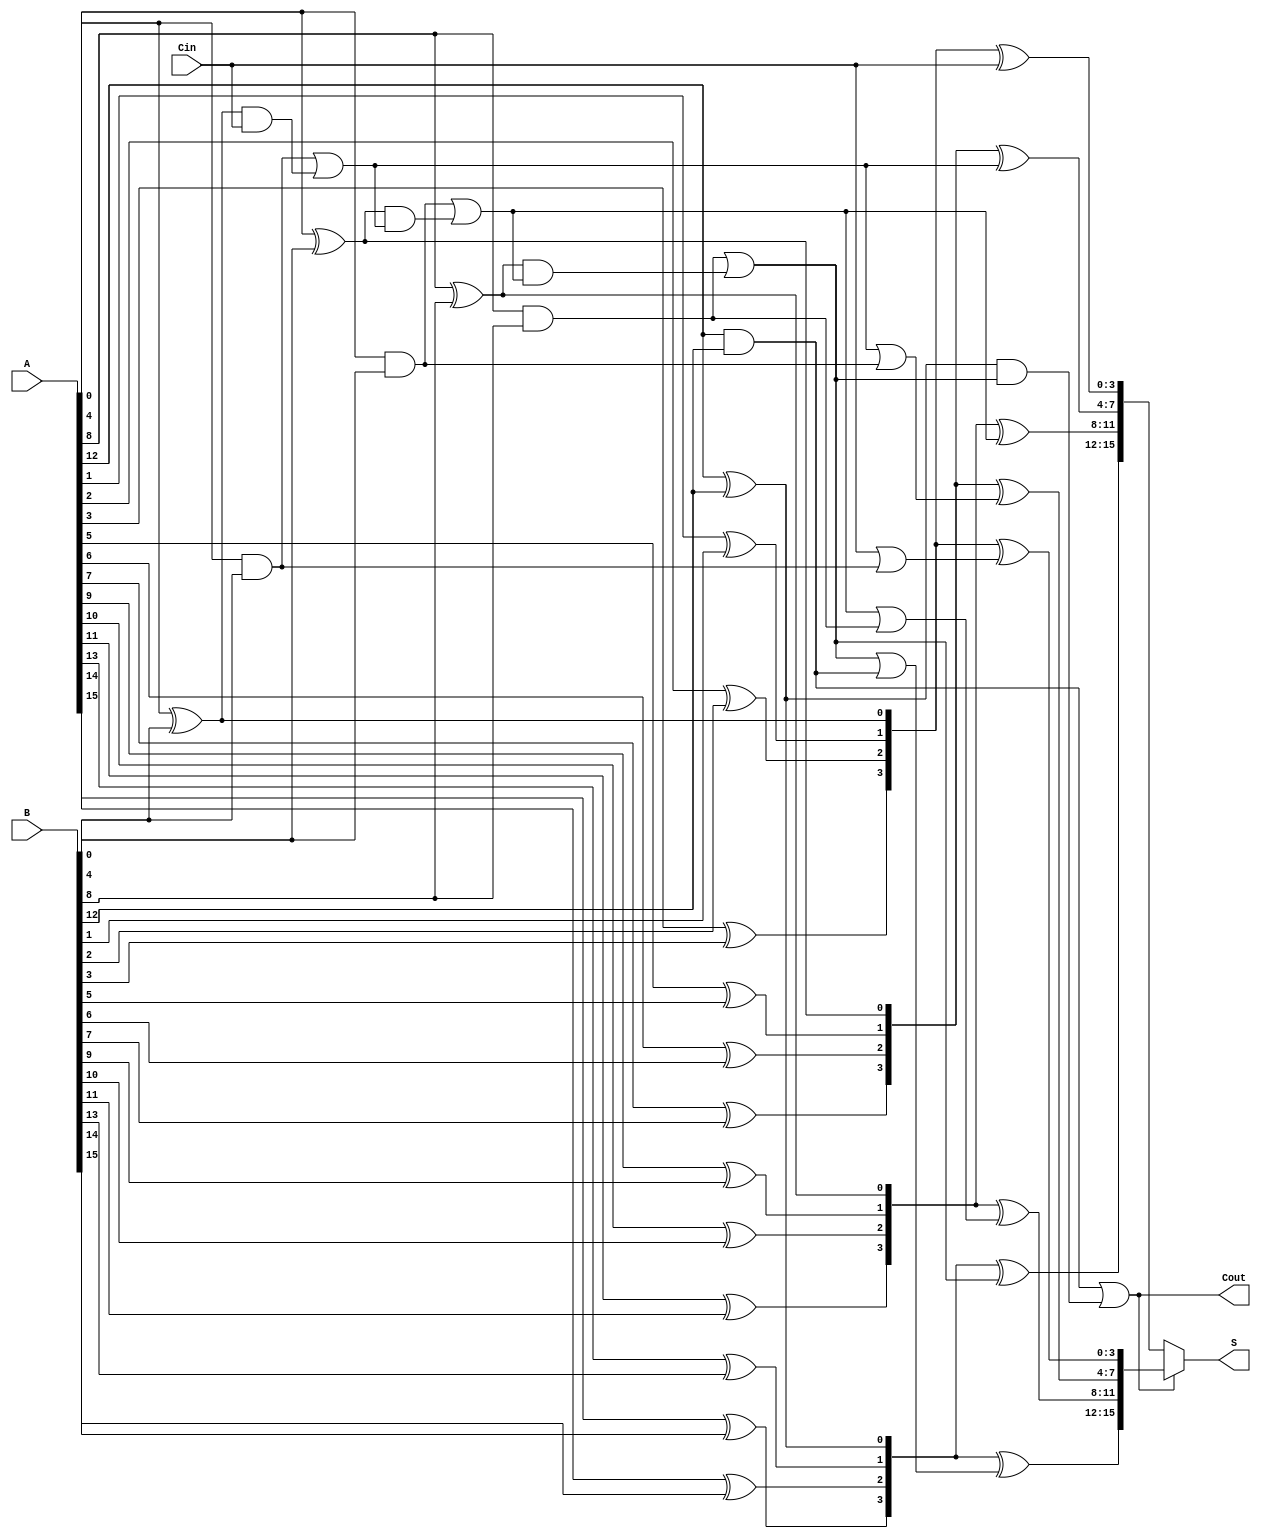
module ParallelPrefixCarrySelectAdder #(
    parameter N = 16,        // Total number of bits
    parameter BLOCK_SIZE = 4 // Size of each segment
)(
    input  [N-1:0] A,       // First operand
    input  [N-1:0] B,       // Second operand
    input  Cin,             // Carry-in
    output [N-1:0] S,       // Sum output
    output Cout             // Carry-out
);

    localparam NUM_BLOCKS = N / BLOCK_SIZE;

    // Generate and Propagate signals
    wire [NUM_BLOCKS-1:0] G [0:BLOCK_SIZE-1];
    wire [NUM_BLOCKS-1:0] P [0:BLOCK_SIZE-1];

    genvar i, j;
    generate
        for (i = 0; i < NUM_BLOCKS; i = i + 1) begin : gen_prop
            for (j = 0; j < BLOCK_SIZE; j = j + 1) begin : block
                assign G[i][j] = A[i*BLOCK_SIZE + j] & B[i*BLOCK_SIZE + j]; // Generate
                assign P[i][j] = A[i*BLOCK_SIZE + j] ^ B[i*BLOCK_SIZE + j]; // Propagate
            end
        end
    endgenerate

    // Carry computation using a prefix tree
    wire [NUM_BLOCKS:0] C; // Carry signals
    assign C[0] = Cin; // Initial carry-in

    generate
        for (i = 0; i < NUM_BLOCKS; i = i + 1) begin : carry_gen
            if (i == 0) begin
                assign C[i+1] = G[i][0] | (P[i][0] & C[i]);
            end else begin
                assign C[i+1] = G[i][0] | (P[i][0] & C[i]);
            end
        end
    endgenerate

    // Sum calculation
    wire [N-1:0] S0, S1; // Sums for carry-in 0 and 1

    generate
        for (i = 0; i < NUM_BLOCKS; i = i + 1) begin : sum_calc
            assign S0[i*BLOCK_SIZE +: BLOCK_SIZE] = P[i] ^ C[i]; // Sum with carry-in 0
            assign S1[i*BLOCK_SIZE +: BLOCK_SIZE] = P[i] ^ (C[i] | G[i][0]); // Sum with carry-in 1
        end
    endgenerate

    // Carry select logic
    assign S = (C[NUM_BLOCKS] ? S1 : S0); // Select the appropriate sum based on the final carry
    assign Cout = C[NUM_BLOCKS]; // Final carry-out

endmodule